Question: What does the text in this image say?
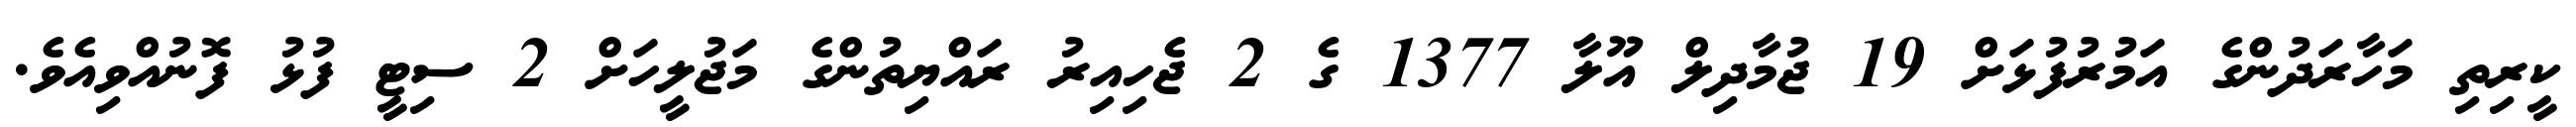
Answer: ކީރިތި މަހާރަދުންގެ އަމުރުފުޅަށް 19 ޖުމާދިލް އޫލާ 1377 ގެ 2 ޖެހިއިރު ރައްޔިތުންގެ މަޖުލީހަށް 2 ސިޓީ ފުޅު ފޮނުއްވިއެވެ.